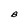
Character: B